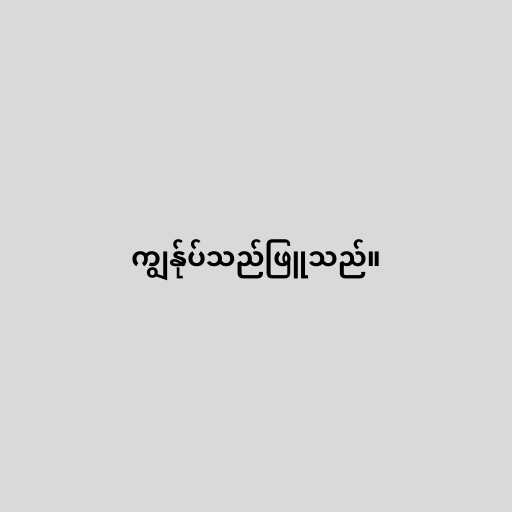
ကျွန်ုပ်သည်ဖြူသည်။